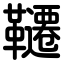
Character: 韆